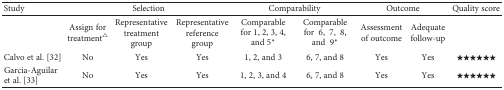
| Study | <COLSPAN=3> Selection | <COLSPAN=2> Comparability | <COLSPAN=2> Outcome | Quality score |
 | --- | --- | --- | --- | --- | --- | --- | --- | --- |
 |  | Assign for treatment△ | Representative treatment group | Representative reference group | Comparable for 1, 2, 3, 4, and 5∗ | Comparable for 6, 7, 8, and 9∗ | Assessment of outcome | Adequate follow-up |  |
 | Calvo et al. [32] | No | Yes | Yes | 1, 2, and 3 | 6, 7, and 8 | Yes | Yes | ★★★★★★ |
 | Garcia-Aguilar et al. [33] | No | Yes | Yes | 1, 2, 3, and 4 | 6, 7, and 8 | Yes | Yes | ★★★★★★ |